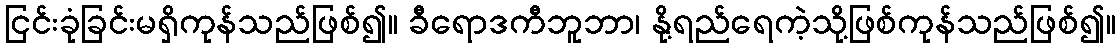
ငြင်းခုံခြင်းမရှိကုန်သည်ဖြစ်၍။ ခီရောဒကီဘူဘာ၊ နို့ရည်ရေကဲ့သို့ဖြစ်ကုန်သည်ဖြစ်၍။